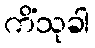
ကိံသုခါ